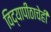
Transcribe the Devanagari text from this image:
विद्यापीठाचेही